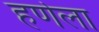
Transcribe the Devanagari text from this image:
हर्णेला